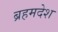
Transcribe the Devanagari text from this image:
ब्रहमदेश